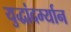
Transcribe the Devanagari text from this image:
युद्धांदर्म्यान